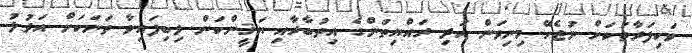
ވަކިފަރާތަކަށް ނުޖެހޭ މިނިވަން އަދި ރައްޔިތުންގެ އިތުބާރާއި ޔަޤީންކަން ލިބިފައިވާ ތަނަކަށް އަދުލު